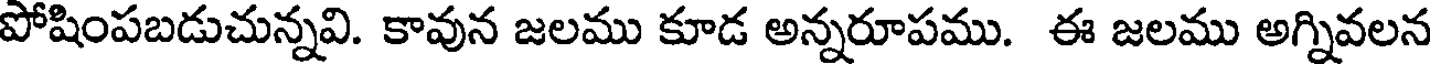
పోషింపబడుచున్నవి. కావున జలము కూడ అన్నరూపము. ఈ జలము అగ్నివలన